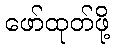
ဖော်ထုတ်ဖို့